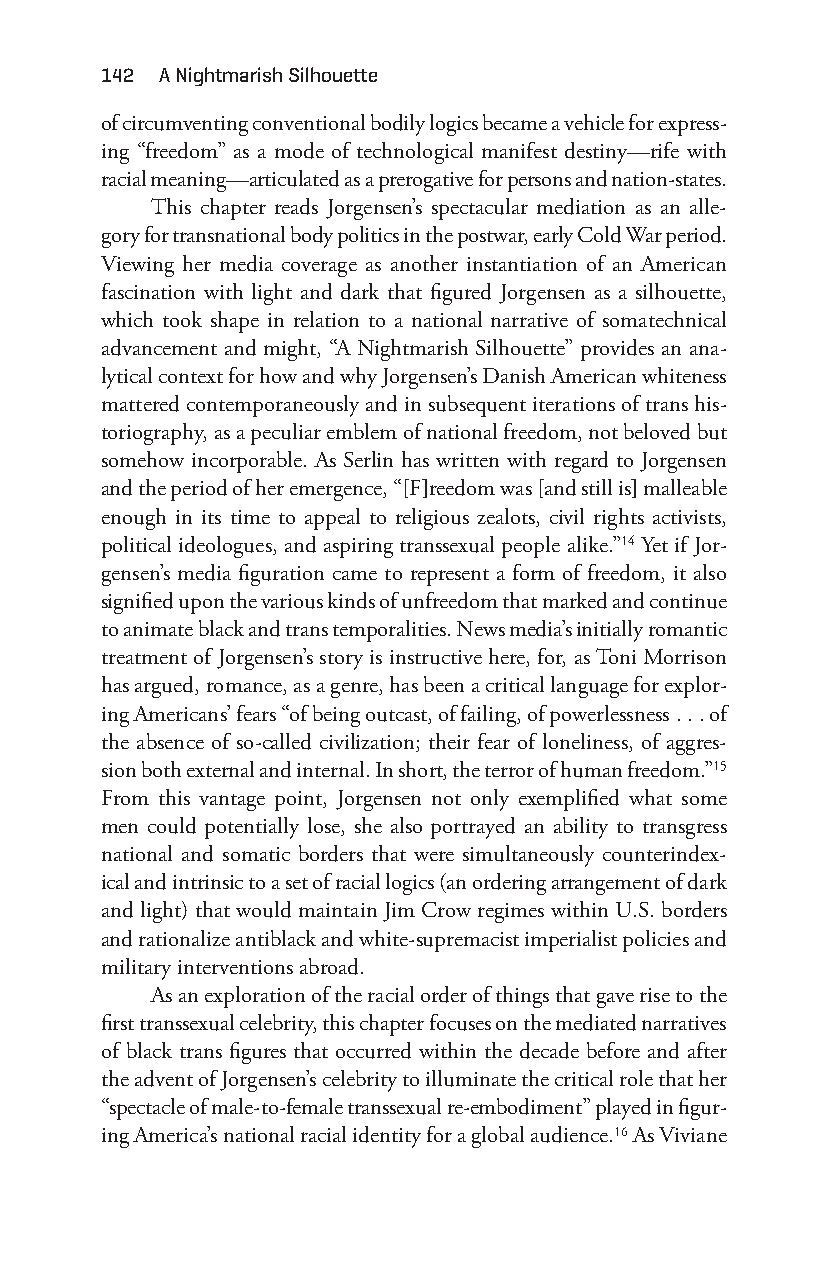
142 a nightmarish Silhouette
 of circumventing conventional bodily logics became a vehicle for express-
 ing “freedom” as a mode of technological manifest destiny— rife with
 racial meaning— articulated as a prerogative for persons and nation- states.
 This chapter reads Jorgensen’s spectacular mediation as an alle-
 gory for transnational body politics in the postwar, early Cold War period.
 Viewing her media coverage as another instantiation of an American
 fascination with light and dark that figured Jorgensen as a silhouette,
 which took shape in relation to a national narrative of somatechnical
 advancement and might, “A Nightmarish Silhouette” provides an ana-
 lytical context for how and why Jorgensen’s Danish American whiteness
 mattered contemporaneously and in subsequent iterations of trans his-
 toriography, as a peculiar emblem of national freedom, not beloved but
 somehow incorporable. As Serlin has written with regard to Jorgensen
 and the period of her emergence, “[F]reedom was [and still is] malleable
 enough in its time to appeal to religious zealots, civil rights activists,
 political ideologues, and aspiring transsexual people alike.”14 Yet if Jor-
 gensen’s media figuration came to represent a form of freedom, it also
 signified upon the various kinds of unfreedom that marked and continue
 to animate black and trans temporalities. News media’s initially romantic
 treatment of Jorgensen’s story is instructive here, for, as Toni Morrison
 has argued, romance, as a genre, has been a critical language for explor-
 ing Americans’ fears “of being outcast, of failing, of powerlessness . . . of
 the absence of so- called civilization; their fear of loneliness, of aggres-
 sion both external and internal. In short, the terror of human freedom.”15
 From this vantage point, Jorgensen not only exemplified what some
 men could potentially lose, she also portrayed an ability to transgress
 national and somatic borders that were simultaneously counterindex-
 ical and intrinsic to a set of racial logics (an ordering arrangement of dark
 and light) that would maintain Jim Crow regimes within U.S. borders
 and rationalize antiblack and white- supremacist imperialist policies and
 military interventions abroad.
 As an exploration of the racial order of things that gave rise to the
 first transsexual celebrity, this chapter focuses on the mediated narratives
 of black trans figures that occurred within the decade before and after
 the advent of Jorgensen’s celebrity to illuminate the critical role that her
 “spectacle of male- to- female transsexual re- embodiment” played in figur-
 ing America’s national racial identity for a global audience.16 As Viviane
 Snorton.indd 142                            29/09/2017 8:41:06 AM